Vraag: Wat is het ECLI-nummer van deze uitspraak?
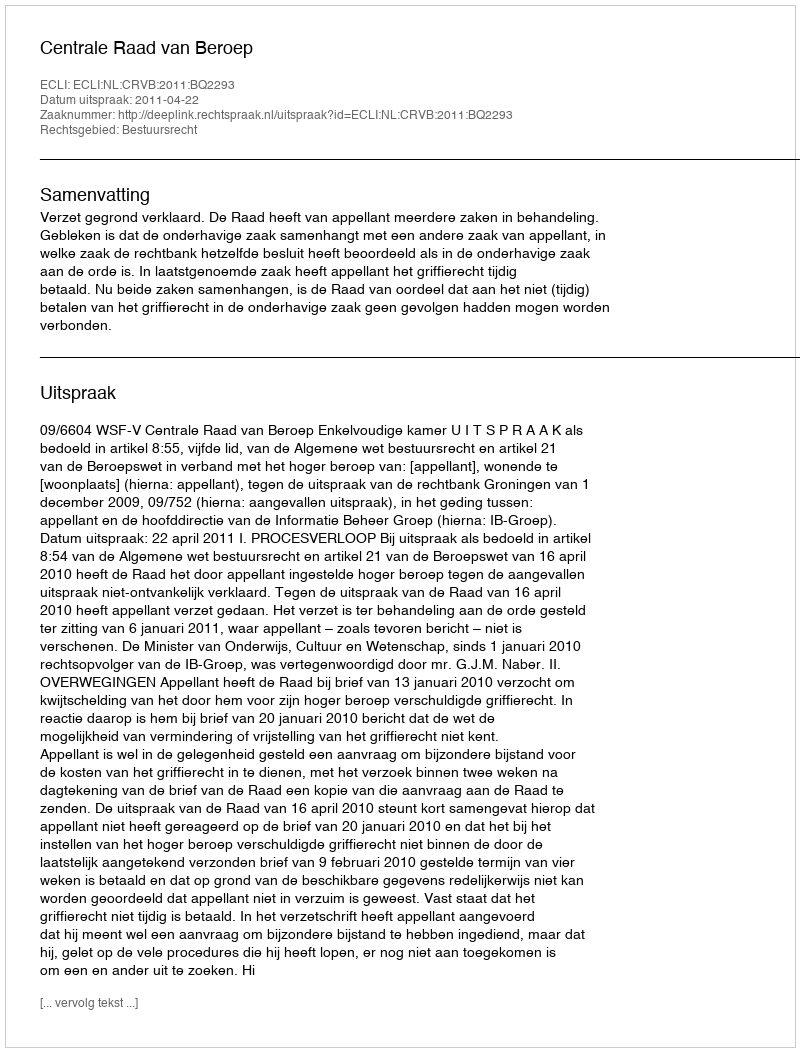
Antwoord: ECLI:NL:CRVB:2011:BQ2293